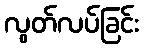
လွတ်လပ်ခြင်း